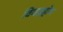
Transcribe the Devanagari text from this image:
विवाहहोम